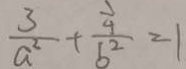
\frac { 3 } { a ^ { 2 } } + \frac { \frac { 1 } { 4 } } { b ^ { 2 } } = 1